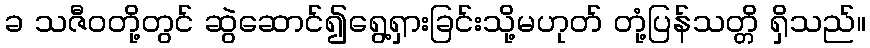
ခ သဇီဝတို့တွင် ဆွဲဆောင်၍ရွေ့ရှားခြင်းသို့မဟုတ် တုံ့ပြန်သတ္တိ ရှိသည်။